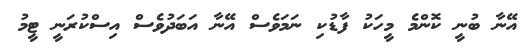
އޭނާ ބުނީ ކޮންމެ މީހަކު ފާޑުކި ނަމަވެސް އޭނާ އަބަދުވެސް އިސްކުރަނީ ޓީމު